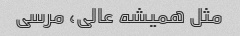
مثل همیشه عالی، مرسی